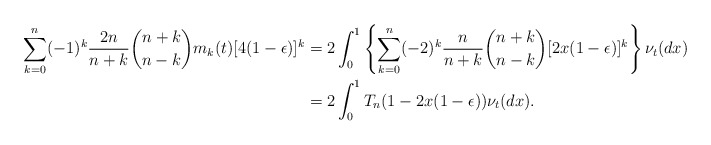
\begin{align*}\sum_{k=0}^n(-1)^{k} \frac{2n}{n+k}\binom{n+k}{n-k} m_k(t)[4(1-\epsilon)]^k &= 2 \int_0^1 \left\{\sum_{k=0}^n(-2)^{k} \frac{n}{n+k}\binom{n+k}{n-k} [2x(1-\epsilon)]^k\right\} \nu_t(dx)\\& = 2 \int_0^1 T_n(1-2x(1-\epsilon)) \nu_t(dx).\end{align*}